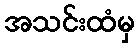
အသင်းထံမှ